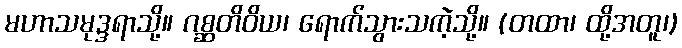
မဟာသမုဒ္ဒရာသို့။ ဂစ္ဆတိဝိယ၊ ရောက်သွားသကဲ့သို့။ (တထာ၊ ထို့အတူ၊)